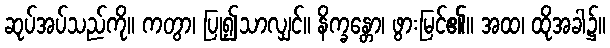
ဆုပ်အပ်သည်ကို။ ကတွာ၊ ပြု၍သာလျှင်။ နိက္ခန္တော၊ ဖွားမြင်၏။ အထ၊ ထိုအခါ၌။